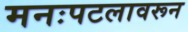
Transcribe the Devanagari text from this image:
मनःपटलावरून